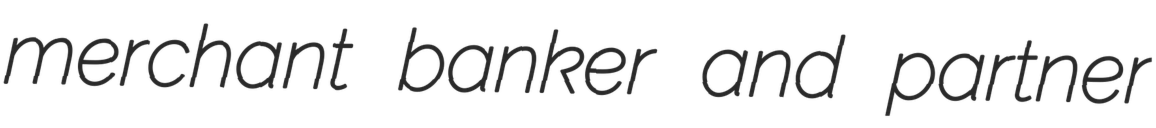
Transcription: merchant banker and partner